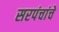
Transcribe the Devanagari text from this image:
सरपंचांचे